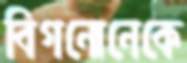
বিগনোনেকে